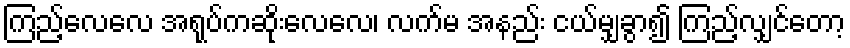
ကြည့်လေလေ အရုပ်ကဆိုးလေလေ၊ လက်မ အနည်း ငယ်မျှခွာ၍ ကြည့်လျှင်တော့